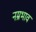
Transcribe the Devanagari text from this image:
नम्रभाव